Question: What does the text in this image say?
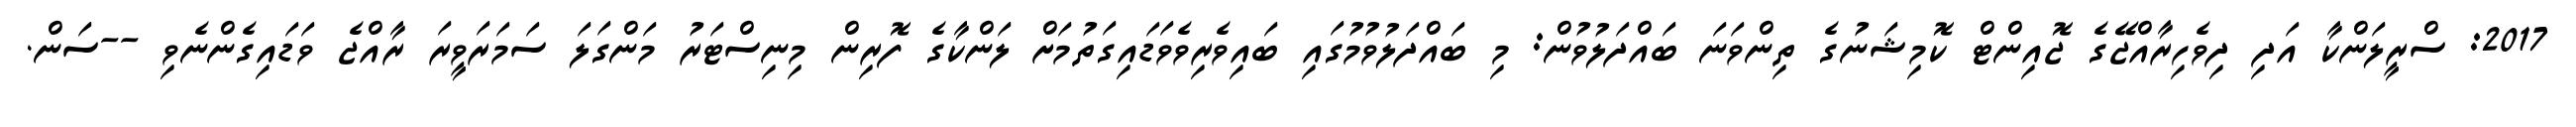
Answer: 2017: ސްރީލަންކާ އަދި ދިވެހިރާއްޖޭގެ ޖޮއިންޓް ކޮމިޝަނުގެ ތިންވަނަ ބައްދަލުވުން: މި ބައްދަލުވުމުގައި ބައިވެރިވެވަޑައިގަތުމަށް ލަންކާގެ ފޮރިން މިނިސްޓަރު މަންގަލަ ސަމަރަވީރަ ރާއްޖެ ވަޑައިގެންނެވި --ސަން.